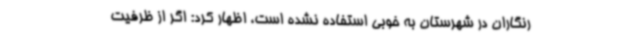
رنگاران در شهرستان به خوبی استفاده نشده است، اظهار کرد: اگر از ظرفیت